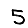
Digit: 5